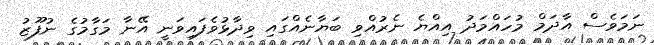
ނަމަވެސް އާދަމް މުހައްމަދު އިއްޔެ ނެރުއްވި ބަޔާނެއްގައި ވިދާޅުވެފައިވަނީ އޭނާ މަގާމުގެ ނުފޫޒު